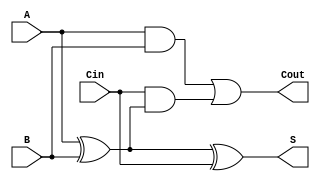
module low_power_full_adder (
    input wire A,    // First input bit
    input wire B,    // Second input bit
    input wire Cin,  // Carry-in bit
    output wire S,   // Sum output
    output wire Cout  // Carry-out output
);

    // Internal signals for intermediate calculations
    wire A_xor_B; // Intermediate signal for A  B

    // Logic for Sum (S)
    assign A_xor_B = A ^ B; // XOR gate for A and B
    assign S = A_xor_B ^ Cin; // Final sum

    // Logic for Carry-out (Cout)
    assign Cout = (A & B) | (Cin & A_xor_B); // Carry-out logic

endmodule